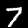
Digit: 7